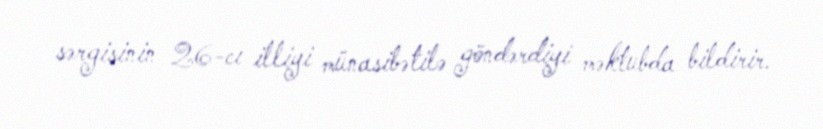
sərgisinin 26-cı illiyi münasibətilə göndərdiyi məktubda bildirir.